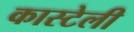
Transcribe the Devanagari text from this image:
कास्टेली